Vaccine operations Central Provinces 1900-1911 - 1900-1911
Year: 1900
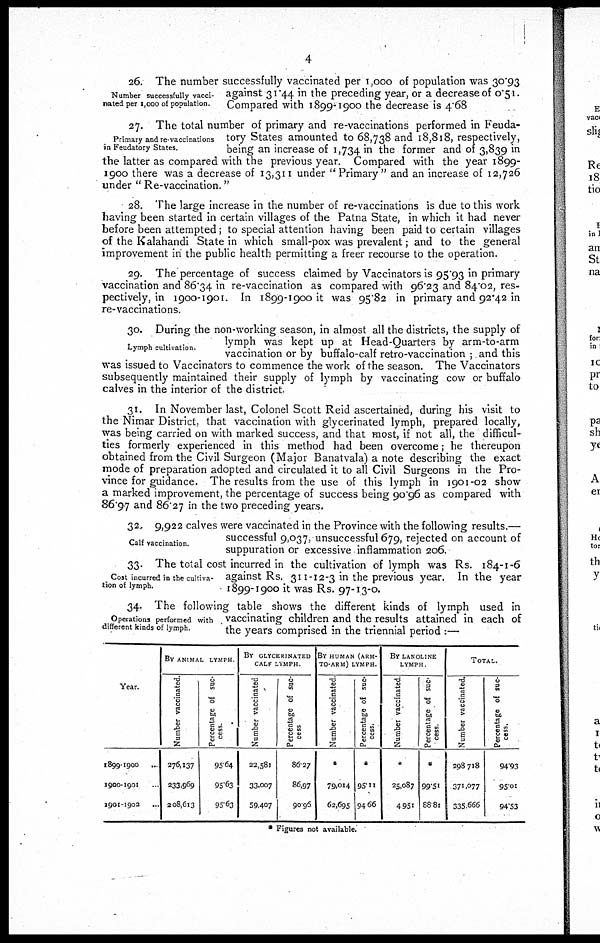
4
Number successfully vacci-
nated per 1,000 of population.
26. The number successfully vaccinated per 1,000 of population was 30.93
against 31.44 in the preceding year, or a decrease of 0.51.
Compared with 1899-1900 the decrease is 4.68
Primary and re-vaccinations
in Feudatory States.
27. The total number of primary and re-vaccinations performed in Feuda-
tory States amounted to 68,738 and 18,818, respectively,
being an increase of 1,734 in the former and of 3,839 in
the latter as compared with the previous year. Compared with the year 1899¬
1900 there was a decrease of 13,311 under " Primary " and an increase of 12,726
under " Re-vaccination."
28. The large increase in the number of re-vaccinations is due to this work
having been started in certain villages of the Patna State, in which it had never
before been attempted; to special attention having been paid to certain villages
of the Kalahandi State in which small-pox was prevalent; and to the general
improvement in the public health permitting a freer recourse to the operation.
29. The percentage of success claimed by Vaccinators is 95.93 in primary
vaccination and 86.34 in re-vaccination as compared with 96.23 and 84.02, res-
pectively, in 1900-1901. In 1899-1900 it was 95.82 in primary and 92.42 in
re-vaccinations.
Lymph cultivation
30. During the non-working season, in almost all the districts, the supply of
lymph was kept up at Head-Quarters by arm-to-arm
vaccination or by buffalo-calf retro-vaccination ; and this
was issued to Vaccinators to commence the work of the season. The Vaccinators
subsequently maintained their supply of lymph by vaccinating cow or buffalo
calves in the interior of the district.
31. In November last, Colonel Scott Reid ascertained, during his visit to
the Nimar District, that vaccination with glycerinated lymph, prepared locally,
was being carried on with marked success, and that most, if not all, the difficul-
ties formerly experienced in this method had been overcome; he thereupon
obtained from the Civil Surgeon (Major Banatvala) a note describing the exact
mode of preparation adopted and circulated it to all Civil Surgeons in the Pro-
vince for guidance. The results from the use of this lymph in 1901-02 show
a marked improvement, the percentage of success being 90.96 as compared with
86.97 and 86.27 in the two preceding years.
Calf vaccination.
32. 9,922 calves were vaccinated in the Province with the following results.—
successful 9,037 unsuccessful 679, rejected on account of
suppuration or excessive inflammation 206.
Cost incurred in the cultiva-
tion of lymph.
33. The total cost incurred in the cultivation of lymph was Rs. 184-1-6
against Rs. 311-12-3 in the previous year. In the year
1899-1900 it was Rs. 97-13-0.
Operations performed with
different kinds of lymph.
34. The following table shows the different kinds of lymph used in
vaccinating children and the results attained in each of
the years comprised in the triennial period :—
Year.
1899-1900 ...
1900-1901 ...
1901-1902 ...
BY ANIMAL LYMPH
Number vaccinated.
276,137
233,969
208,613
Percentage of suc-
cess.
95.64
95.63
95.63
BY GLYCERINATED
CALF LYMPH.
Number vaccinated
22,581
33,007
59,407
Percentage of suc-
cess
86.27
86,97
90.96
BY HUMAN (ARM¬
TO-ARM) LYMPH.
Number vaccinated
*
79,014
62,695
Percentage of suc-
cess.
*
95.11
94.66
BY LANOL1NE
LYMPH
Number vaccinated
*
25,087
4,951
Percentage of suc-
cess.
*
99.51
88.81
TOTAL.
Number vaccinated.
298,718
371,077
335,666
Percentage of suc-
cess.
94.93
95.01
94.53
* Figures not available.